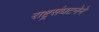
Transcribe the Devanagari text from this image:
राष्ट्रसंघटनेने